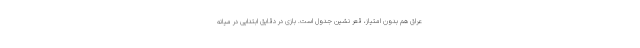
عراق هم بدون امتیاز، قعر نشین جدول است. بازی در دقایق ابتدایی در میانه